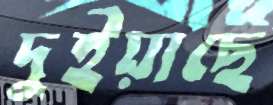
দুইয়াছে